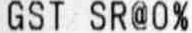
GST SR@0%